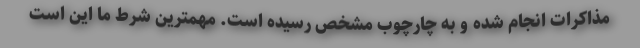
مذاکرات انجام شده و به چارچوب مشخص رسیده است. مهمترین شرط ما این است